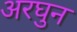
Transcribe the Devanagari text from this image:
अरघुन